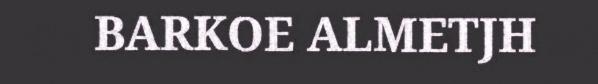
BARKOE ALMETJH